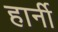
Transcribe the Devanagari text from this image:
हार्नी